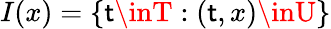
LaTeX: I(x)=\{ \mathsf{t}\inT:(\mathsf{t},x)\inU\}